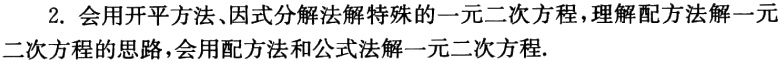
2. 会用开平方法、因式分解法解特殊的一元二次方程，理解配方法解一元二次方程的思路，会用配方法和公式法解一元二次方程.